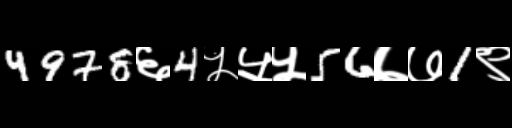
Text: 4978६4५५५56७७1९